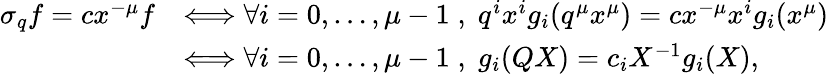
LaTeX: \begin{array}{rl}{\sigma_{q}f=cx^{-\mu}f}&{\Longleftrightarrow\forall i=0,\ldots,\mu-1\; ,\; q^{i}x^{i}g_{i}(q^{\mu}x^{\mu})=cx^{-\mu}x^{i}g_{i}(x^{\mu})}\\ &{\Longleftrightarrow\forall i=0,\ldots,\mu-1\; ,\; g_{i}(QX)=c_{i}X^{-1}g_{i}(X),}\end{array}